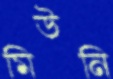
মিউনি